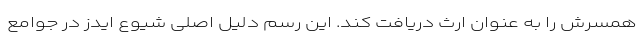
همسرش را به عنوان ارث دریافت کند. این رسم دلیل اصلی شیوع ایدز در جوامع